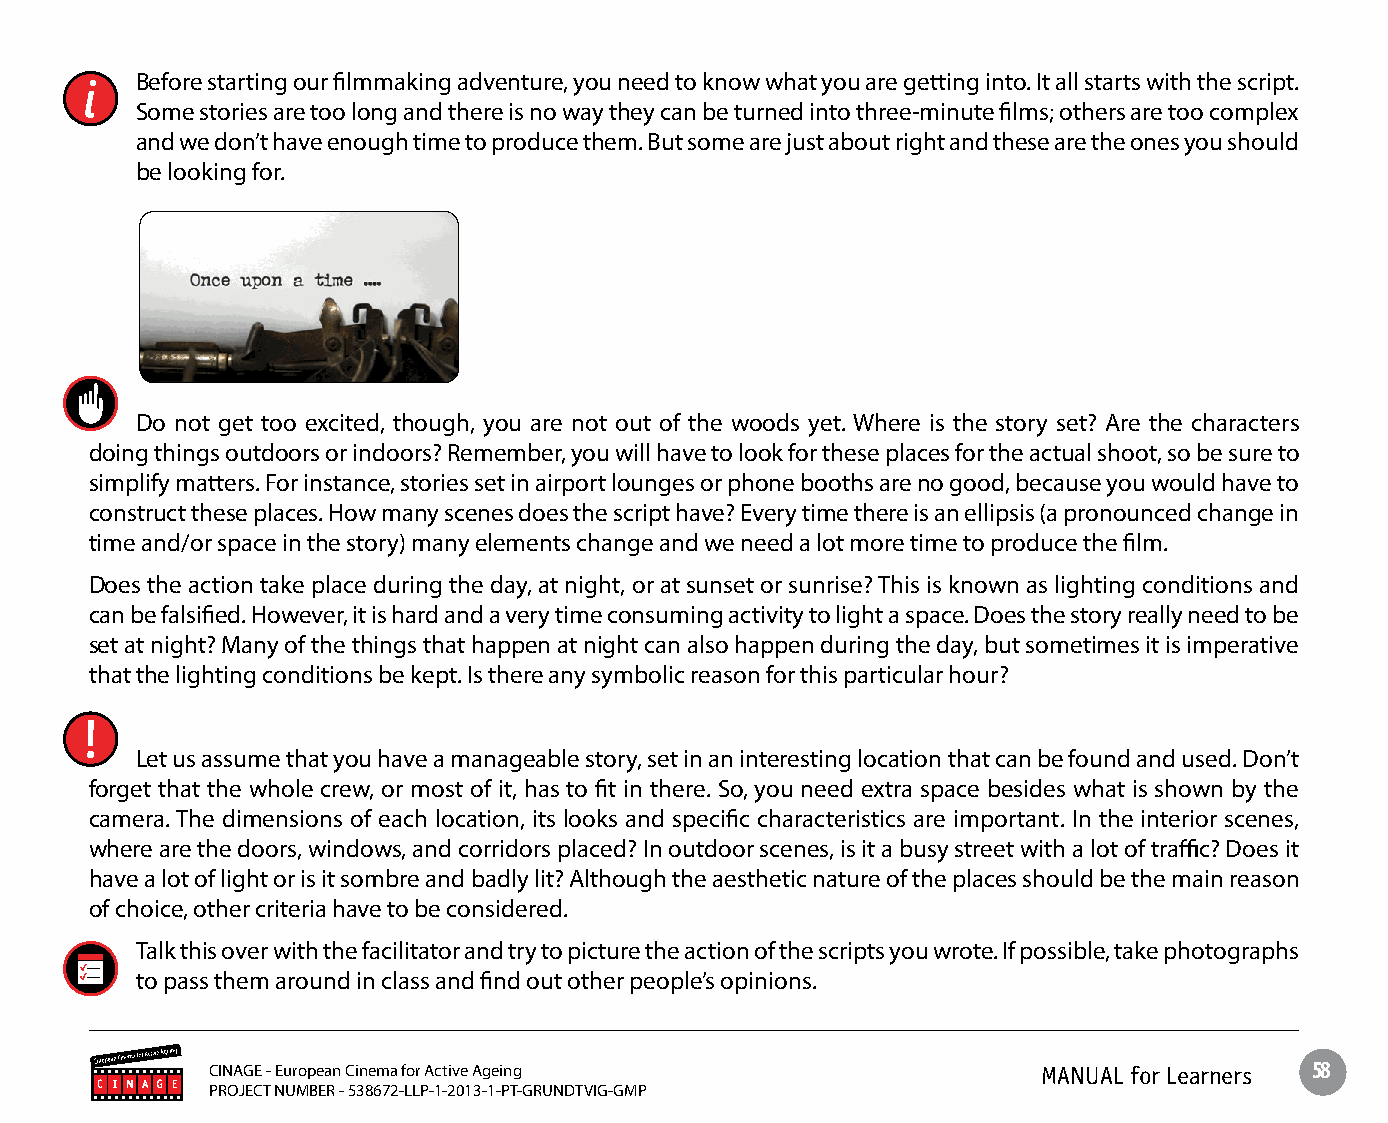
Before starting our filmmaking adventure, you need to know what you are getting into. It all starts with the script.
 Some stories are too long and there is no way they can be turned into three-minute films; others are too complex
 and we don’t have enough time to produce them. But some are just about right and these are the ones you should
 be looking for.
 Do not get too excited, though, you are not out of the woods yet. Where is the story set? Are the characters
 doing things outdoors or indoors? Remember, you will have to look for these places for the actual shoot, so be sure to
 simplify matters. For instance, stories set in airport lounges or phone booths are no good, because you would have to
 construct these places. How many scenes does the script have? Every time there is an ellipsis (a pronounced change in
 time and/or space in the story) many elements change and we need a lot more time to produce the film.
 Does the action take place during the day, at night, or at sunset or sunrise? This is known as lighting conditions and
 can be falsified. However, it is hard and a very time consuming activity to light a space. Does the story really need to be
 set at night? Many of the things that happen at night can also happen during the day, but sometimes it is imperative
 that the lighting conditions be kept. Is there any symbolic reason for this particular hour?
 Let us assume that you have a manageable story, set in an interesting location that can be found and used. Don’t
 forget that the whole crew, or most of it, has to fit in there. So, you need extra space besides what is shown by the
 camera. The dimensions of each location, its looks and specific characteristics are important. In the interior scenes,
 where are the doors, windows, and corridors placed? In outdoor scenes, is it a busy street with a lot of traffic? Does it
 have a lot of light or is it sombre and badly lit? Although the aesthetic nature of the places should be the main reason
 of choice, other criteria have to be considered.
 Talk this over with the facilitator and try to picture the action of the scripts you wrote. If possible, take photographs
 to pass them around in class and find out other people’s opinions.
 CINAGE - European Cinema for Active Ageing             MANUAL for Learners 58
 PROJECT NUMBER - 538672-LLP-1-2013-1-PT-GRUNDTVIG-GMP